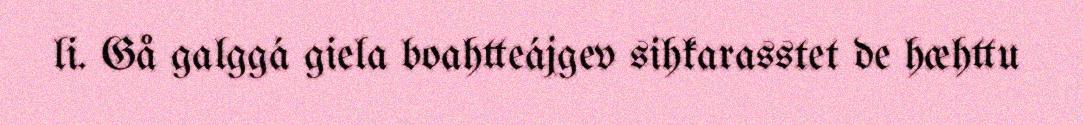
li. Gå galggá giela boahtteájgev sihkarasstet de hæhttu